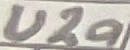
Text: U2a